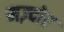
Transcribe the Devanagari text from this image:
मज़्दोर